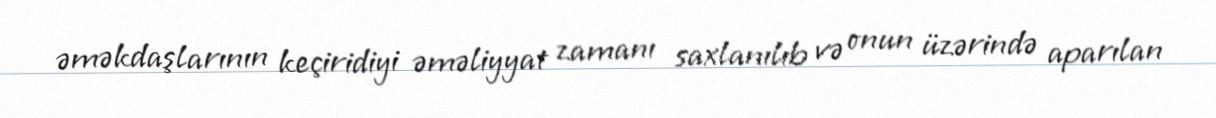
əməkdaşlarının keçiridiyi əməliyyat zamanı saxlanılıb və onun üzərində aparılan